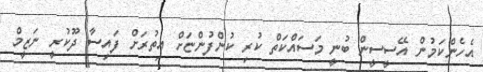
އެހެންކަމުން އޭސީސީން ބުނީ މަސައްކަތް ކުރި ކުންފުންޏަށް އިތުރަށް ފައިސާ ދޫކުރީ ނަޒީމް